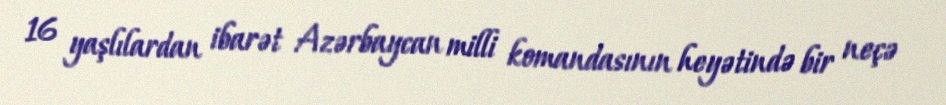
16 yaşlılardan ibarət Azərbaycan milli komandasının heyətində bir neçə